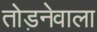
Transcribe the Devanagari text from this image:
तोड़नेवाला